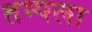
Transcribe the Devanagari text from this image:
तम्पला